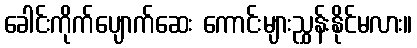
ခေါင်းကိုက်ပျောက်ဆေး ကောင်းများညွှန်းနိုင်မလား။